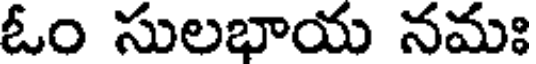
ఓం సులభాయ నమః